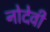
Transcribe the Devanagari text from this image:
नोदेवी